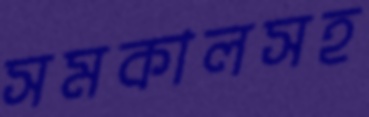
সমকালসহ